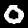
Digit: 0